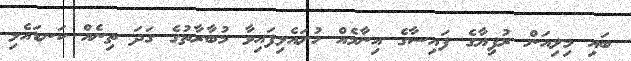
ބައި މިލިއަން ރުފިޔާގެ ފައިސާގެ އިނާމެއް ހުށައެޅިފައިވާ މުބާރާތުގެ ގަދަ ތިނެއް ކަނޑައެޅި